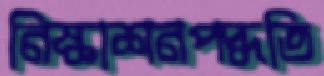
নিষ্কাশনপদ্ধতি